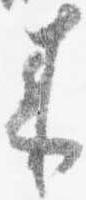
来